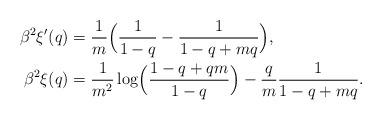
LaTeX: \begin{align*}\beta^2\xi'(q)&=\frac{1}{m}\Bigl(\frac{1}{1-q}-\frac{1}{1-q+mq}\Bigr),\\\beta^2\xi(q)&=\frac{1}{m^2}\log\Bigl(\frac{1-q+q m}{1-q}\Bigr)-\frac{q}{m}\frac{1}{1-q+m q}.\end{align*}